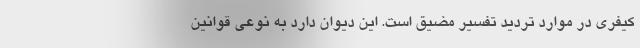
کیفری در موارد تردید تفسیر مضیق است. این دیوان دارد به نوعی قوانین